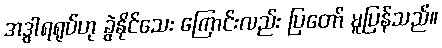
အဒွါရရုပ်ဟု ခွဲနိုင်သေး ကြောင်းလည်း ပြတော် မူပြန်သည်။